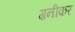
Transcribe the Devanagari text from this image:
ग़नीकर